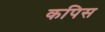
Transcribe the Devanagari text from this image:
कपिस